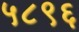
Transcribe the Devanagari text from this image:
५८९६